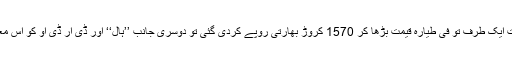
اس نئے معاہدے کے تحت ایک طرف تو فی طیارہ قیمت بڑھا کر 1570 کروڑ بھارتی روپے کردی گئی تو دوسری جانب ’’ہال‘‘ اور ڈی آر ڈی او کو اس معاہدے سے الگ کردیا گیا۔